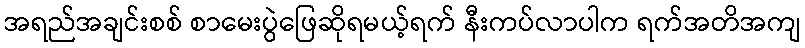
အရည်အချင်းစစ် စာမေးပွဲဖြေဆိုရမယ့်ရက် နီးကပ်လာပါက ရက်အတိအကျ